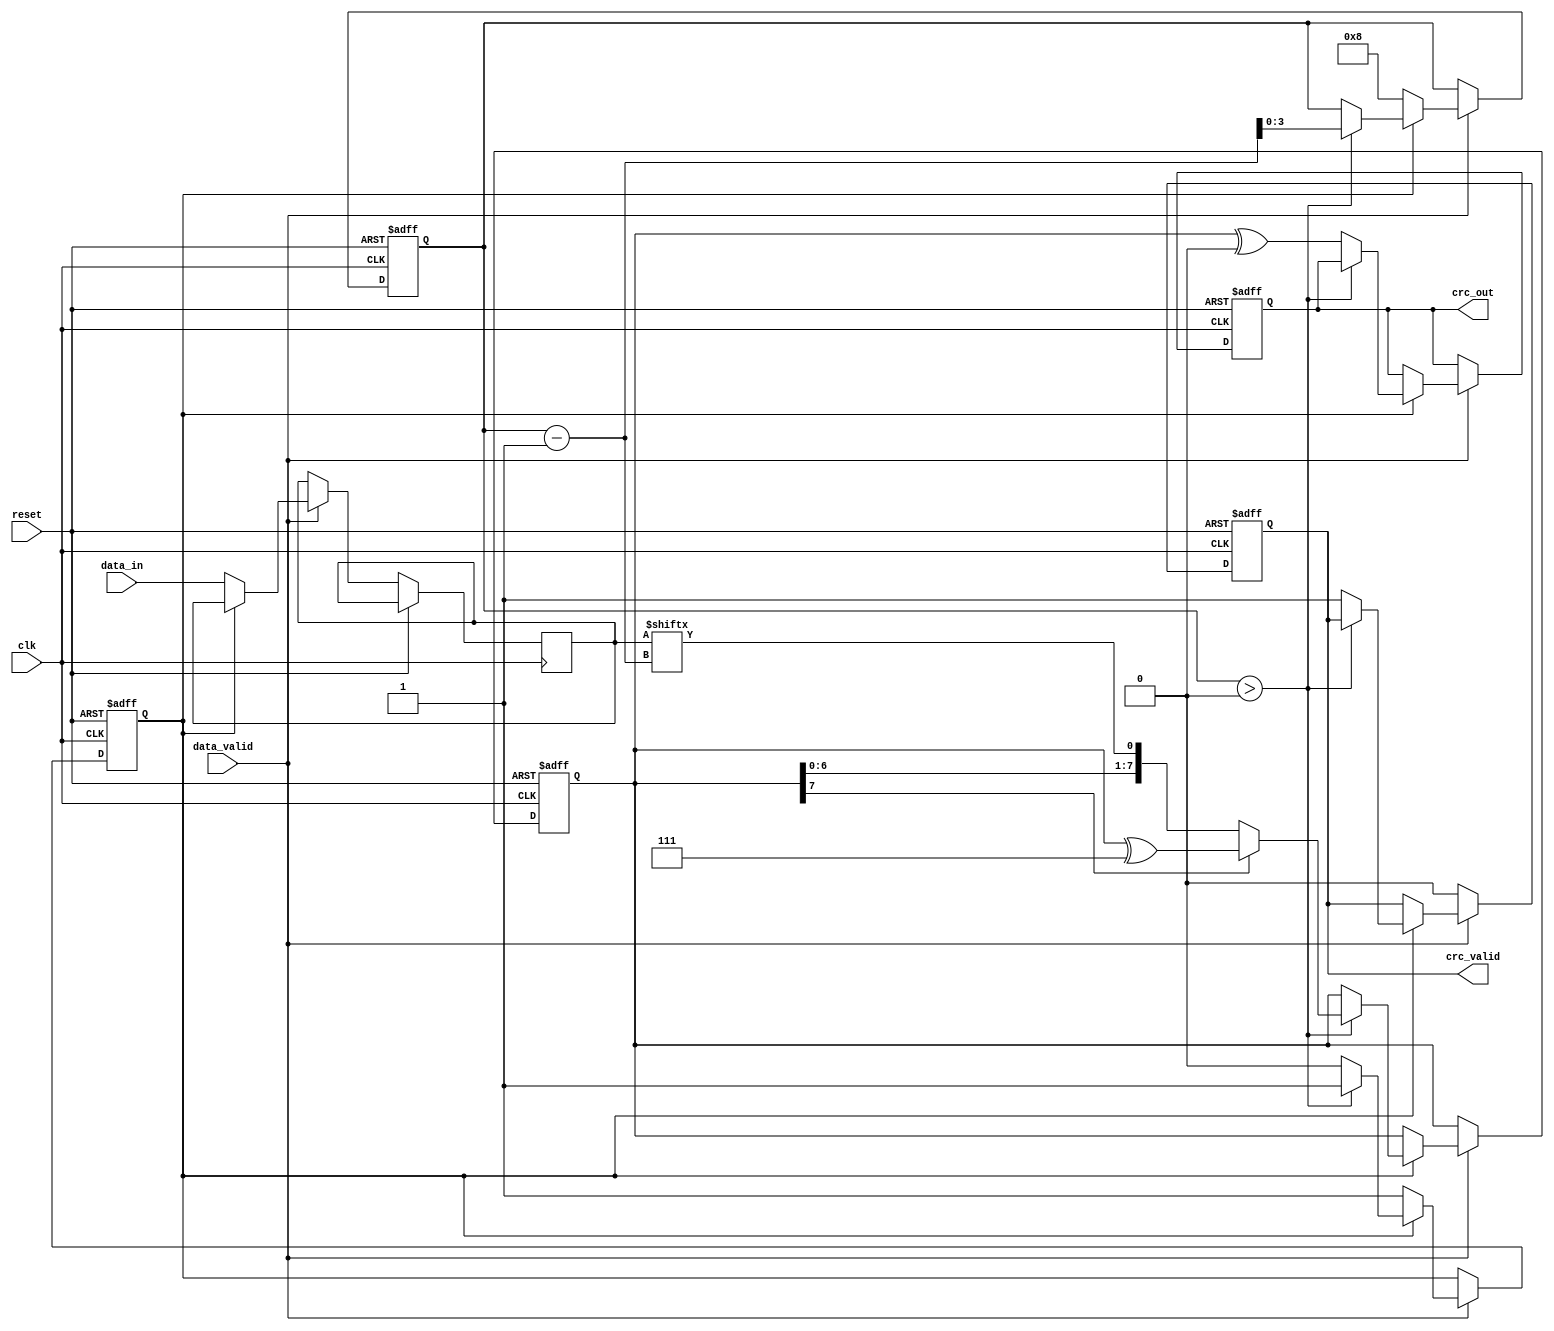
module parameterized_crc #(
    parameter CRC_WIDTH = 8,                // Width of the CRC output
    parameter POLYNOMIAL = 8'h07,           // Polynomial for CRC calculation (example: x^8 + x^2 + x + 1)
    parameter INITIAL_VALUE = {CRC_WIDTH{1'b0}}, // Initial value of the CRC register
    parameter FINAL_XOR_VALUE = {CRC_WIDTH{1'b0}} // Final XOR value
)(
    input wire [7:0] data_in,               // Input data (8 bits)
    input wire data_valid,                   // Data valid signal
    input wire reset,                        // Synchronous reset
    input wire clk,                          // Clock signal
    output reg [CRC_WIDTH-1:0] crc_out,     // Computed CRC output
    output reg crc_valid                     // CRC valid signal
);

    reg [CRC_WIDTH-1:0] crc_reg;            // CRC register
    reg [7:0] shift_reg;                     // Shift register for input data
    reg [3:0] bit_count;                     // Bit counter for processing data
    reg processing;                          // Processing state flag

    // Polynomial representation for CRC calculation
    wire [CRC_WIDTH-1:0] polynomial = POLYNOMIAL[CRC_WIDTH-1:0];

    // CRC computation process
    always @(posedge clk or posedge reset) begin
        if (reset) begin
            crc_reg <= INITIAL_VALUE;        // Initialize CRC register
            crc_out <= INITIAL_VALUE;        // Initialize output
            crc_valid <= 1'b0;               // Invalid CRC output
            bit_count <= 4'b0;               // Reset bit counter
            processing <= 1'b0;               // Reset processing state
        end else if (data_valid) begin
            if (!processing) begin
                // Start processing new data
                shift_reg <= data_in;         // Load new data into shift register
                bit_count <= 4'd8;            // Set bit count for 8 bits
                processing <= 1'b1;            // Set processing flag
            end else if (bit_count > 0) begin
                // Process each bit of the input data
                crc_reg <= {crc_reg[CRC_WIDTH-2:0], shift_reg[bit_count-1]}; // Shift in new bit
                if (crc_reg[CRC_WIDTH-1]) begin
                    crc_reg <= crc_reg ^ polynomial; // XOR with polynomial if MSB is set
                end
                bit_count <= bit_count - 1; // Decrement bit count
            end else begin
                // Finalize CRC output
                crc_out <= crc_reg ^ FINAL_XOR_VALUE; // Apply final XOR
                crc_valid <= 1'b1; // Set CRC valid
                processing <= 1'b0; // Reset processing state
            end
        end else begin
            crc_valid <= 1'b0; // Clear CRC valid if no data
        end
    end

endmodule